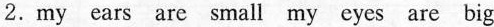
2.my ears are small my eyes are big